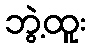
ဘွဲ့ထူး